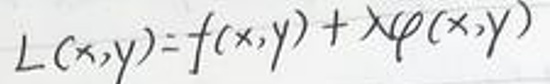
\[
L(x,y)=f(x,y)+\lambda\varphi(x,y)
\]